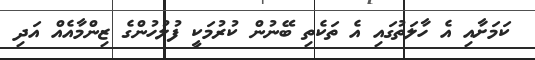
ކަމަށާއި އެ ހާލަތުގައި އެ ތަކެތި ބޭނުން ކުރުމަކީ ފުލުހުންގެ ޒިންމާއެއް އަދި